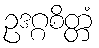
ဥဒဂ္ဂစိတ္တံ